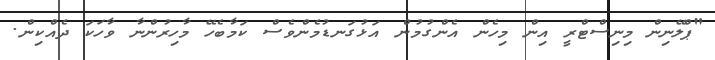
"ޕްލޭނިން މިނިސްޓްރީ އިން މިހެން އެންގުމުން އަޅުގަނޑުމެންވެސް ކަމާބެހޭ މާހިރުންނާ ވާހަކަ ދެއްކިން.